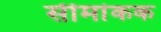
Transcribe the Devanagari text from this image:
सीमांकक